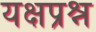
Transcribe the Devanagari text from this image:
यक्षप्रश्न